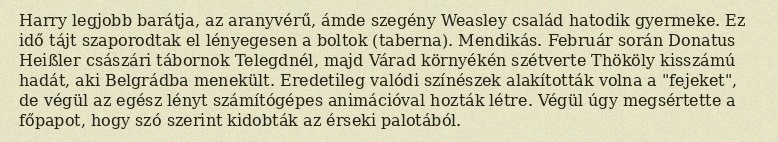
Harry legjobb barátja, az aranyvérű, ámde szegény Weasley család hatodik gyermeke. Ez idő tájt szaporodtak el lényegesen a boltok (taberna). Mendikás. Február során Donatus Heißler császári tábornok Telegdnél, majd Várad környékén szétverte Thököly kisszámú hadát, aki Belgrádba menekült. Eredetileg valódi színészek alakították volna a "fejeket", de végül az egész lényt számítógépes animációval hozták létre. Végül úgy megsértette a főpapot, hogy szó szerint kidobták az érseki palotából.